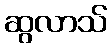
ဆွလာသ်